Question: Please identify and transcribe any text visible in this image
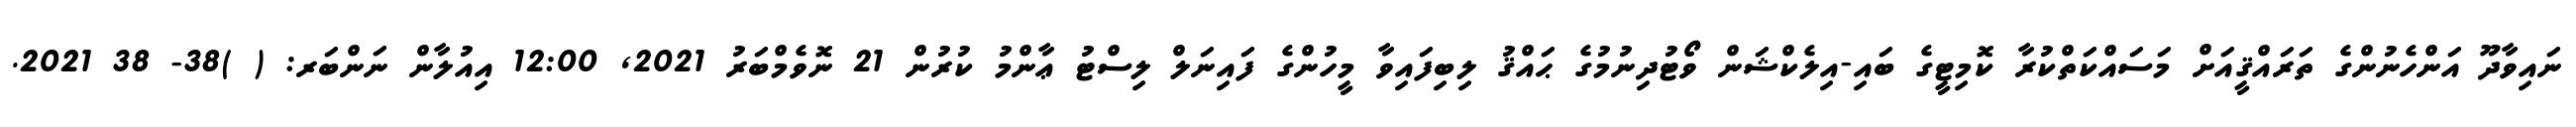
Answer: ނައިވާދޫ އަންހެނުންގެ ތަރައްޤީއަށް މަސައްކަތްކުރާ ކޮމިޓީގެ ބައި-އިލެކްޝަން ވޯޓުދިނުމުގެ ޙައްޤު ލިބިފައިވާ މީހުންގެ ފައިނަލް ލިސްޓު ޢާންމު ކުރުން 21 ނޮވެމްބަރު 2021, 12:00 އިއުލާން ނަންބަރ: ( )38- 38 2021.